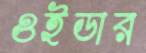
ওইডার